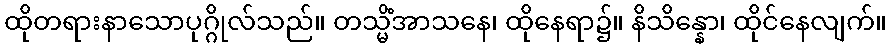
ထိုတရားနာသောပုဂ္ဂိုလ်သည်။ တသ္မိံအာသနေ၊ ထိုနေရာ၌။ နိသိန္နော၊ ထိုင်နေလျက်။